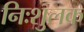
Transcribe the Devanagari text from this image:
निःशुलक